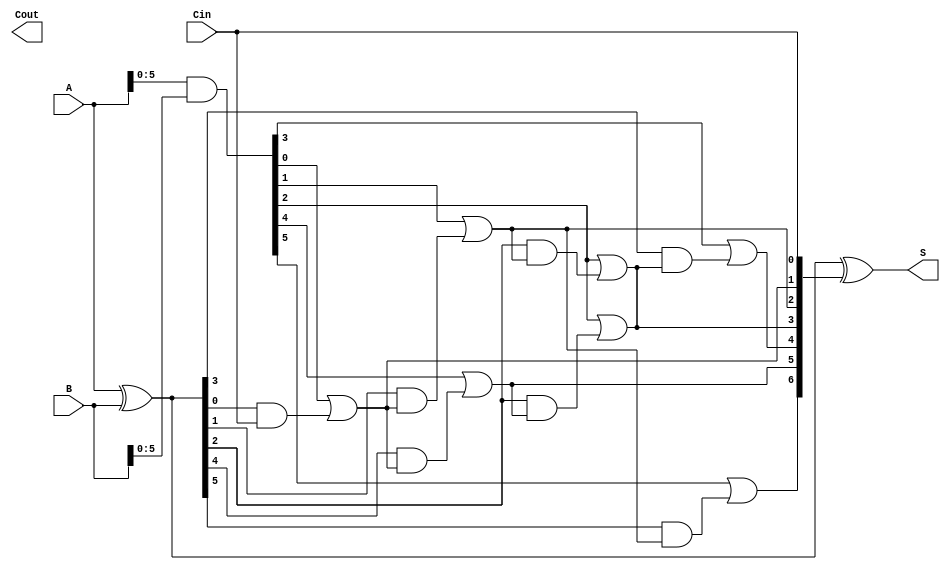
module brent_kung_adder #(
    parameter N = 8 // Width of the adder
)(
    input [N-1:0] A,    // First input
    input [N-1:0] B,    // Second input
    input Cin,          // Carry-in
    output [N-1:0] S,   // Sum output
    output Cout         // Carry-out
);
    // Generate and Propagate signals
    wire [N-1:0] G; // Generate
    wire [N-1:0] P; // Propagate
    wire [N:0] C;   // Carry bits

    // Generate and Propagate calculations
    assign G = A & B;          // Generate
    assign P = A ^ B;          // Propagate

    // Carry calculation using Brent-Kung logic
    assign C[0] = Cin;

    // Level 1
    genvar i;
    generate
        for (i = 0; i < N/2; i = i + 1) begin : level1
            assign C[i + 1] = G[i] | (P[i] & C[i]);
        end
    endgenerate

    // Level 2
    generate
        for (i = 0; i < N/4; i = i + 1) begin : level2
            assign C[i + N/2 + 1] = G[i + N/2] | (P[i + N/2] & C[i + 1]);
        end
    endgenerate

    // Level 3
    generate
        for (i = 0; i < N/8; i = i + 1) begin : level3
            assign C[i + N/4 + 1] = G[i + N/4] | (P[i + N/4] & C[i + N/2 + 1]);
        end
    endgenerate

    // Final Carry-out
    assign Cout = C[N];

    // Sum calculation
    assign S = P ^ C[N-1:0]; // S[i] = A[i] ^ B[i] ^ C[i]

endmodule